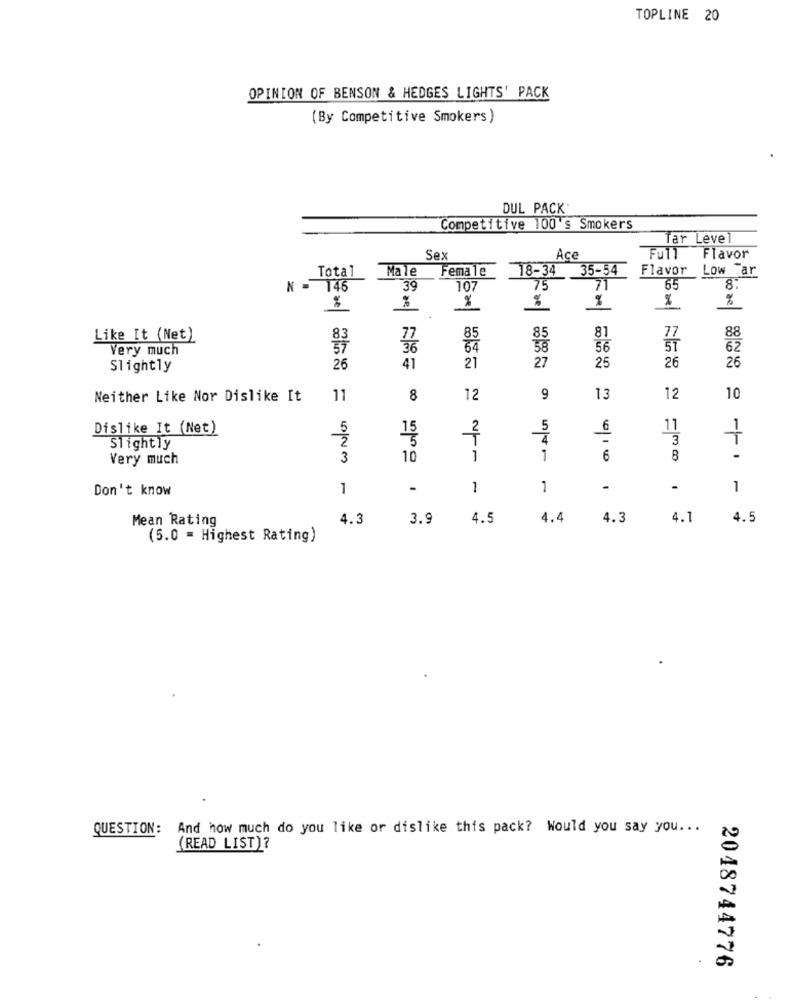
TOPLINE 20
OPINION OF BENSON & HEDGES LIGHTS' PACK
(By Competitive Smokers)
DUL PACK
Competitive 100's Smokers
Tar Level
Sex
Ace
Full
Flavor
Total
Male
Female
18-34
35-54
Flavor
Low ar
N = 146
39
107
75
71
65
8.
%
%
%
%
%
77
88
Like It (Net)
77
85
81
Very much
36
56
ŠT
62
27
26
26
Slightly
26
41
21
25
Neither Like Nor Dislike It
11
8
12
9
13
12
10
Dislike It (Net)
5
5
11
2
T
3
Slightly
Very much
3
10
1
1
6
8
-1-1
Don't know
1
-
1
1
-
-
1
Mean Rating
4.3
3.9
4.5
4.4
4.3
4.1
4.5
(5.0 = Highest Rating)
QUESTION: And how much do you like or dislike this pack? Would you say you ...
(READ LIST)?
2048744776